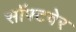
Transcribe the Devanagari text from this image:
सॉफ्‍टवेर